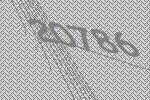
20786